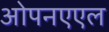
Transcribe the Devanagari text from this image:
ओपनएएल